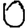
Digit: 0